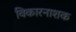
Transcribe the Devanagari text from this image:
विकारनाशक